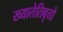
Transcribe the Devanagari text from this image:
ख्यातेतिवृत्तो